Memorandum on the prevention of leprosy by segregation of the affected
Disease focus: Leprosy
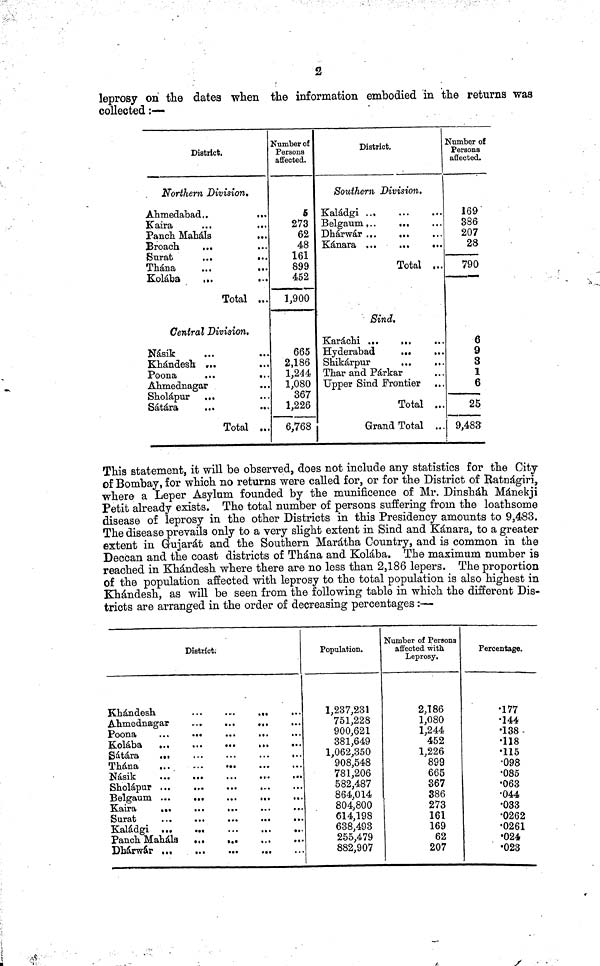
2
leprosy on the dates when the information embodied in the returns was
collected :—
District.
Northern Division,
Ahmedabad..
...
Kaira
...
...
Panch Mahals
...
Broach
...
Surat
...
...
Thána
Kolába
...
...
Total ...
Central Division,
Násik
...
...
Khándesh ...
Poona
...
...
Ahmednagar
Sholápur ...
Sátára
Total ...
Number of
Persons
affected.
5
273
62
48
161
899
452
1,900
665
2,186
1,244
1,080
367
1,226
6,768
District.
Southern Division,
Kaládgi
Belgaum...
...
Dhárwár ...
...
Kánara ...
...
...
Total ...
Sind,
Karachi ...
...
,.
Hyderabad
...
...
Shikárpur
...
,,
Thar and Párkar
Upper Sind Frontier ..
Total ..
Grand Total ..
Number of
Persons
affected.
169
386
207
28
790
6
9
3
1
6
.
25
9,483
This statement, it will be observed, does not include any statistics for the City
of Bombay, for which no returns were called for, or for the District of Ratnágiri,
where a Leper Asylum founded by the munificence of Mr. Dinsháh Mánekji
Petit already exists. The total number of persons suffering from the loathsome
disease of leprosy in the other Districts in this Presidency amounts to 9,483.
The disease prevails only to a very slight extent in Sind and Kánara, to a greater
extent in Gujarat and the Southern Marátha Country, and is common in the
Deccan and the coast districts of Thána and Kolába. The maximum number is
reached in Khándesh where there are no less than 2,186 lepers. The proportion
of the population affected with leprosy to the total population is also highest in
Khándesh, as will be seen from the following table in which the different Dis-
tricts are arranged in the order of decreasing percentages :-—
District;
Khándesh.
...
...
...
...
Ahmednagar
..
...
...
...
Poona
...
•.•
...
...
Kolába
...
...
...
...
•••
Satara
...
...
...
...
..
Thána
Násik
Sholápur ...
Kaládgi
Panch Mahála
Population.
1,237,231
751,228
900,621
381,649
1,062,350
908,548
781,206
582,487
864,014
804,800
614,198
638,493
255,479
882,907
Number of Persona
affected with
Leprosy,
2,186
1,080
1,244
452
1,226
899
665
367
386
273
161
169
62
207
Percentage.
•177
•144
•138-
•118
•115
•098
"085
•063
•044
•033
•0262
•0261
•024
•023